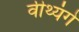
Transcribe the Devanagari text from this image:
वीथ्यंगे